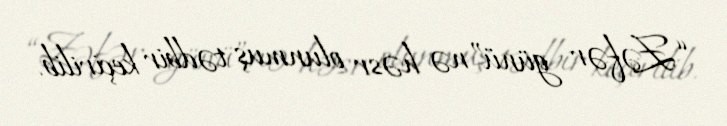
“Zəfər günü”nə həsr olunmuş tədbir keçirilib.